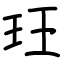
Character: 玨